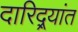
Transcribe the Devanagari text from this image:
दारिद्र्यांत